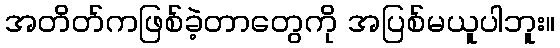
အတိတ်ကဖြစ်ခဲ့တာတွေကို အပြစ်မယူပါဘူး။